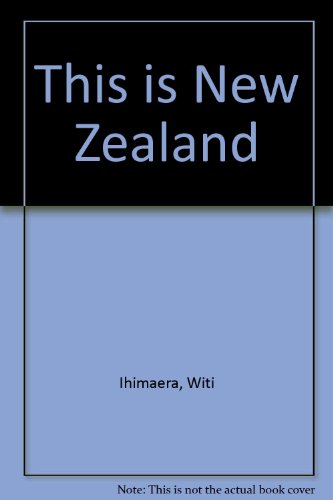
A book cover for This is New Zealand; Witi Ihimaera; Travel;